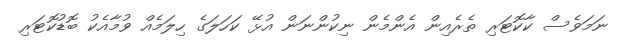
ނަމަވެސް ކާކޮޓަރި ތެރެއިން އެންމެން ނިކުންނަން އުޅޭ ކަހަލަގެ ހިލަމެއް ވުމާއެކު ބޮޑުކޮޓަރި